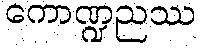
ကောဏ္ဍညဿ